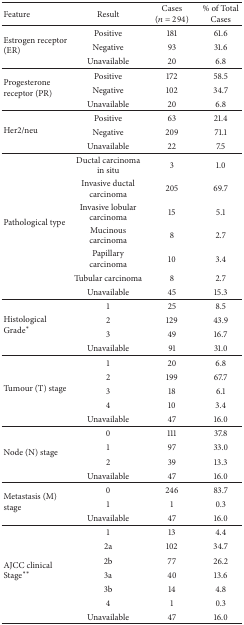
<table><thead><tr><td><b>Feature</b></td><td><b>Result</b></td><td><b>Cases (<i>n</i> = 294)</b></td><td><b>% of Total Cases</b></td></tr></thead><tbody><tr><td rowspan="3">Estrogen receptor (ER)</td><td>Positive</td><td>181</td><td>61.6</td></tr><tr><td>Negative</td><td>93</td><td>31.6</td></tr><tr><td>Unavailable</td><td>20</td><td>6.8</td></tr><tr><td rowspan="3">Progesterone receptor (PR)</td><td>Positive</td><td>172</td><td>58.5</td></tr><tr><td>Negative</td><td>102</td><td>34.7</td></tr><tr><td>Unavailable</td><td>20</td><td>6.8</td></tr><tr><td rowspan="3">Her2/neu</td><td>Positive</td><td>63</td><td>21.4</td></tr><tr><td>Negative</td><td>209</td><td>71.1</td></tr><tr><td>Unavailable</td><td>22</td><td>7.5</td></tr><tr><td rowspan="7">Pathological type</td><td>Ductal carcinoma in situ</td><td>3</td><td>1.0</td></tr><tr><td>Invasive ductal carcinoma</td><td>205</td><td>69.7</td></tr><tr><td>Invasive lobular carcinoma</td><td>15</td><td>5.1</td></tr><tr><td>Mucinous carcinoma</td><td>8</td><td>2.7</td></tr><tr><td>Papillary carcinoma</td><td>10</td><td>3.4</td></tr><tr><td>Tubular carcinoma</td><td>8</td><td>2.7</td></tr><tr><td>Unavailable</td><td>45</td><td>15.3</td></tr><tr><td rowspan="4">Histological Grade<sup><i>∗</i></sup></td><td>1</td><td>25</td><td>8.5</td></tr><tr><td>2</td><td>129</td><td>43.9</td></tr><tr><td>3</td><td>49</td><td>16.7</td></tr><tr><td>Unavailable</td><td>91</td><td>31.0</td></tr><tr><td rowspan="5">Tumour (T) stage</td><td>1</td><td>20</td><td>6.8</td></tr><tr><td>2</td><td>199</td><td>67.7</td></tr><tr><td>3</td><td>18</td><td>6.1</td></tr><tr><td>4</td><td>10</td><td>3.4</td></tr><tr><td>Unavailable</td><td>47</td><td>16.0</td></tr><tr><td rowspan="4">Node (N) stage</td><td>0</td><td>111</td><td>37.8</td></tr><tr><td>1</td><td>97</td><td>33.0</td></tr><tr><td>2</td><td>39</td><td>13.3</td></tr><tr><td>Unavailable</td><td>47</td><td>16.0</td></tr><tr><td rowspan="3">Metastasis (M) stage</td><td>0</td><td>246</td><td>83.7</td></tr><tr><td>1</td><td>1</td><td>0.3</td></tr><tr><td>Unavailable</td><td>47</td><td>16.0</td></tr><tr><td rowspan="7">AJCC clinical Stage<sup><i>∗∗</i></sup></td><td>1</td><td>13</td><td>4.4</td></tr><tr><td>2a</td><td>102</td><td>34.7</td></tr><tr><td>2b</td><td>77</td><td>26.2</td></tr><tr><td>3a</td><td>40</td><td>13.6</td></tr><tr><td>3b</td><td>14</td><td>4.8</td></tr><tr><td>4</td><td>1</td><td>0.3</td></tr><tr><td>Unavailable</td><td>47</td><td>16.0</td></tr></tbody></table>